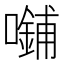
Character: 𪢜